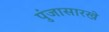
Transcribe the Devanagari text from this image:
पुंजासारखे